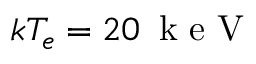
k T _ { e } = 2 0 \, \mathrm { ~ k ~ e ~ V ~ }